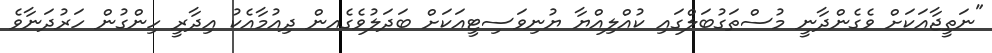
"ނަތީޖާއަކަށް ވެގެންދާނީ މުސްތަގުބަލްގައި ކުއްލިއްޔާ ޔުނިވަސިޓީއަކަށް ބަދަލުވެގެއން ދިއުމާއެކު އިދާރީ ހިންގުން ހަރުދަނާވެ